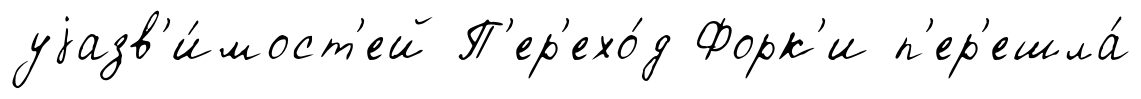
уjазв'и́мост'ей П'ер'ехо́д Форк'и п'ер'ешла́